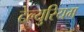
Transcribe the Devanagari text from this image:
टेल्युरियम